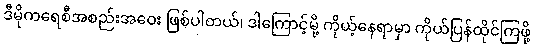
ဒီမိုကရေစီအစည်းအဝေး ဖြစ်ပါတယ်၊ ဒါကြောင့်မို့ ကိုယ့်နေရာမှာ ကိုယ်ပြန်ထိုင်ကြဖို့